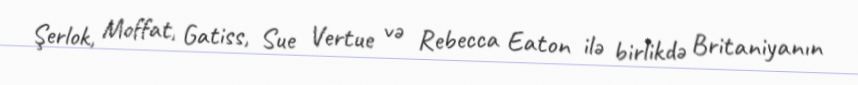
Şerlok, Moffat, Gatiss, Sue Vertue və Rebecca Eaton ilə birlikdə Britaniyanın